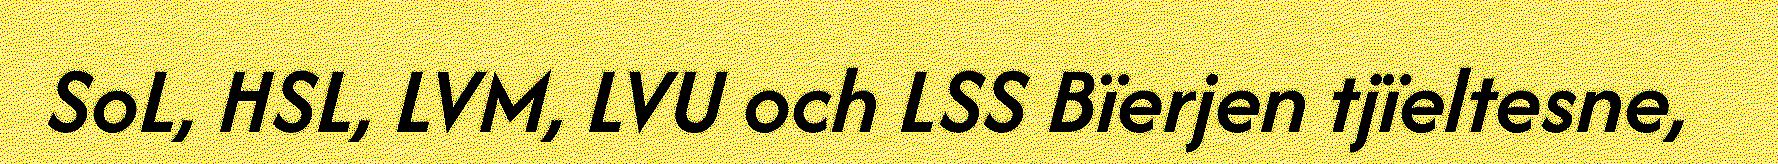
SoL, HSL, LVM, LVU och LSS Bïerjen tjïeltesne,